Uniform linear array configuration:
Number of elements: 12
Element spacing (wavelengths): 1
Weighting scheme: hann
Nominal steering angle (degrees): -30
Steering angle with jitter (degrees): -30.612
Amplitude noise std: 0.05
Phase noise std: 0.05

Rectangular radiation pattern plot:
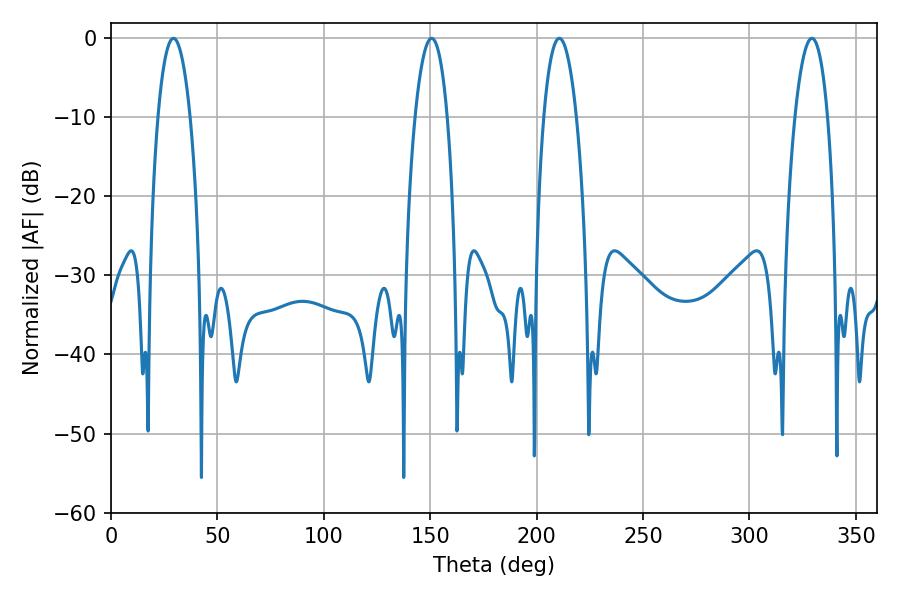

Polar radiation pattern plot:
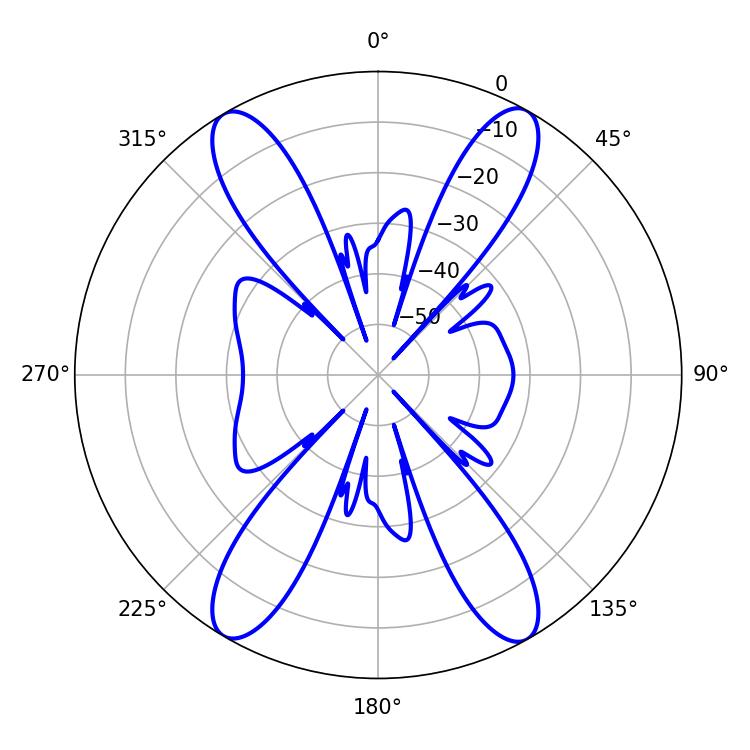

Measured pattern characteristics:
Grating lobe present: TRUE
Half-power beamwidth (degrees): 8.46
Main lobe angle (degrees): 29.34